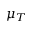
\mu _ { T }